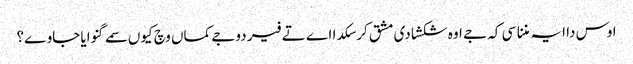
اوس دا ایہ مننا سی کہ جے اوہ شکشا دی مشق کر سکدا اے تے فیر دوجے کماں وچ کیوں سمے گنوایا جاوے؟